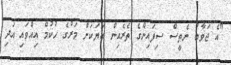
"އެ ޖަވާބު ނެތީސް ސިފައިންގެ ތެރެއިން ބަޔަކަށް މަރުގެ ހުކުމް އިއްވައި އަދި